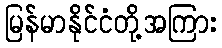
မြန်မာနိုင်ငံတို့အကြား